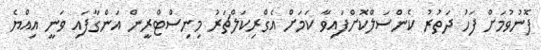
ފޮނުވުމަށް ފަހު ދަތުރު ކެންސަލްކޮށްފައިވާ ކަމަށް އެގްރިކަލްޗަރު މިނިސްޓްރީން އަންގާފައި ވަނީ އިއްޔެ